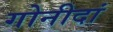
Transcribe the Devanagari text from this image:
गोनीदां